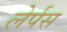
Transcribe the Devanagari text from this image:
लेर्पस